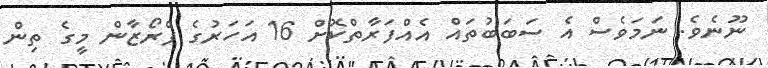
ނޫނެވެ. ނަމަވެސް އެ ސަބަބުތައް އެއްފަރާތްކޮށް 16 އަހަރުގެ ފްރޯޒާން މީގެ ތިން